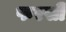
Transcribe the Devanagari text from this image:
फरसी